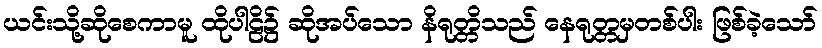
ယင်းသို့ဆိုစေကာမူ ထိုပါဠိ၌ ဆိုအပ်သော နိရုတ္တိသည် နေရုတ္တမှတစ်ပါး ဖြစ်ခဲ့သော်